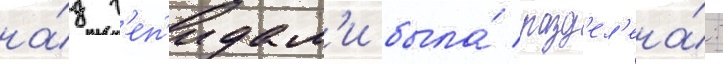
на́д г'еп'идам'и была́ разд'ел'ена́: